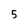
Character: 5